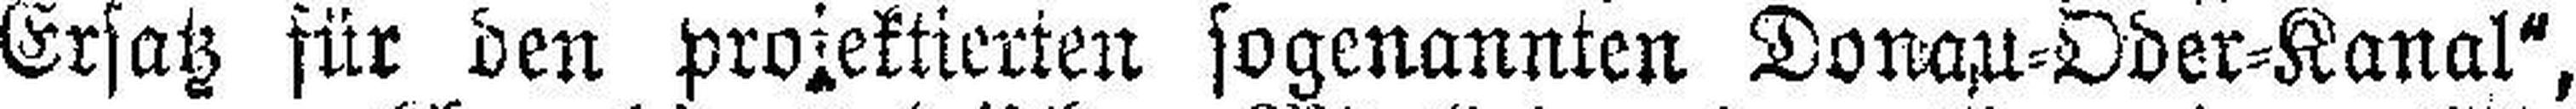
Ersatz für den projektierten sogenannten Donau=Oder=Kanal",